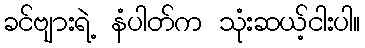
ခင်ဗျားရဲ့ နံပါတ်က သုံးဆယ့်ငါးပါ။